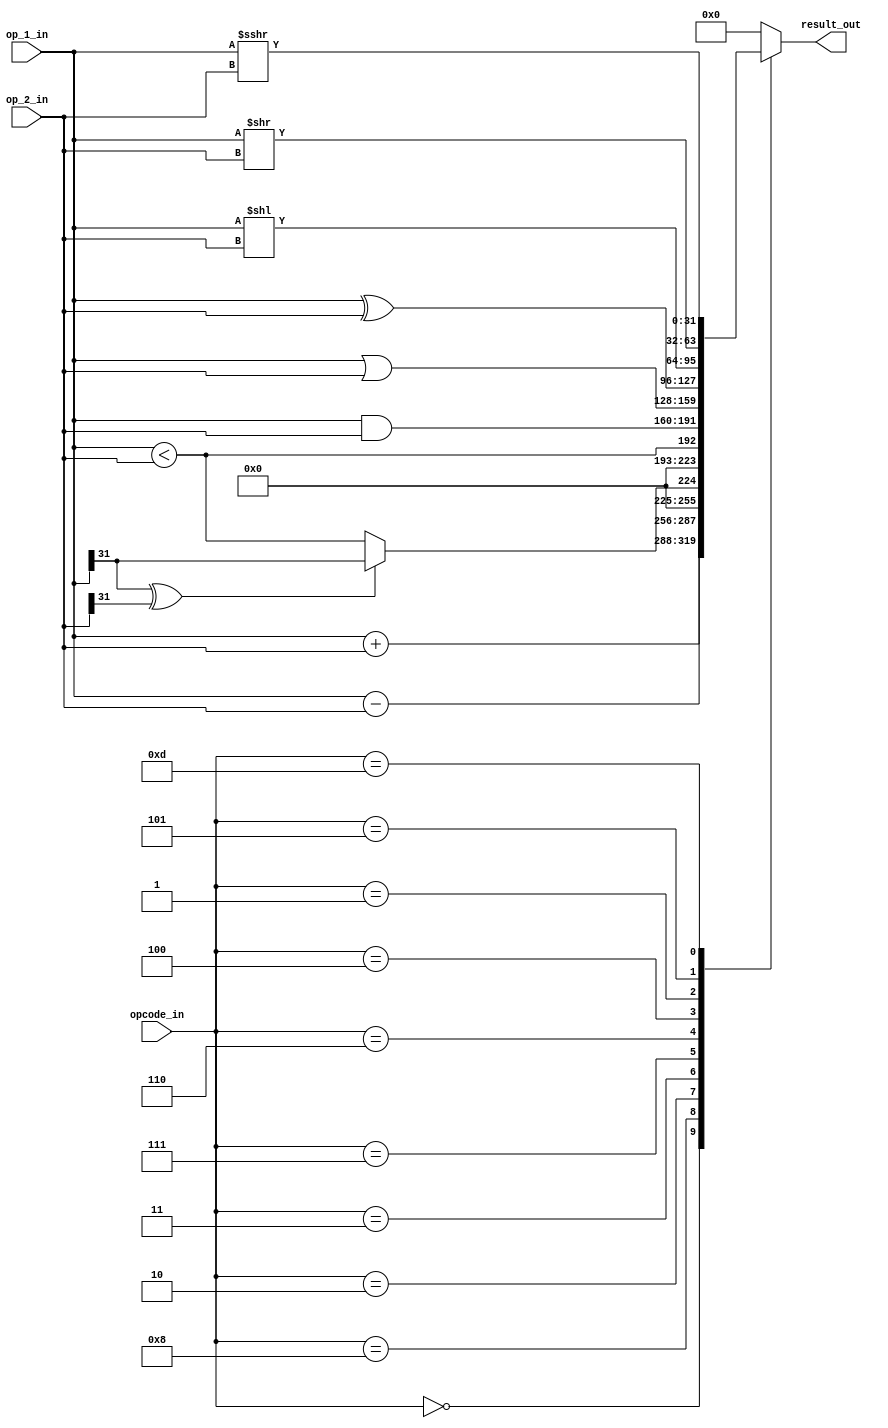
module msrv32_alu (
    input [31:0] op_1_in, op_2_in,
    input [3:0] opcode_in,

    output reg [31:0] result_out
);

always @(*) begin
    result_out = 32'b0; //default assignment
    case (opcode_in)
        4'b0000 : result_out = op_1_in  +  op_2_in;
        4'b1000 : result_out = op_1_in  -  op_2_in;
        4'b0010 : result_out = (op_1_in[31]^op_2_in[31]) ? op_1_in[31] : op_1_in < op_2_in; //signed
        4'b0011 : result_out = op_1_in  <  op_2_in;                                     //unsigned
        4'b0111 : result_out = op_1_in  &  op_2_in;
        4'b0110 : result_out = op_1_in  |  op_2_in;
        4'b0100 : result_out = op_1_in  ^  op_2_in;
        4'b0001 : result_out = op_1_in  << op_2_in;
        4'b0101 : result_out = op_1_in  >> op_2_in;
        4'b1101 : result_out = op_1_in >>> op_2_in;
    endcase
end

endmodule